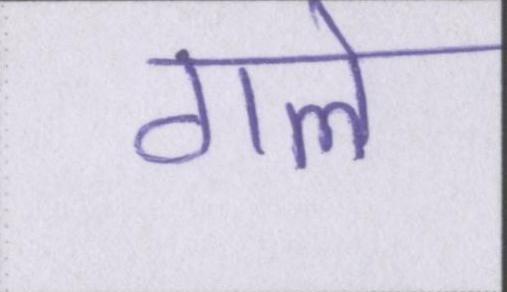
गले